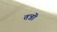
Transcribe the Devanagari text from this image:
तन्नॊ